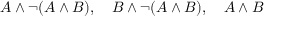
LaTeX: A \land \neg ( A \land B ) , \quad B \land \neg ( A \land B ) , \quad A \land B